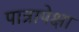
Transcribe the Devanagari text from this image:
पात्रापेक्षा